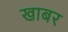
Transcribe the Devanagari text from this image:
खाबर